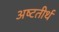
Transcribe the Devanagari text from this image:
अष्‍टतीर्थ